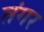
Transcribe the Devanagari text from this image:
तंगर